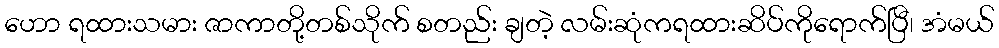
ဟော ရထားသမား ဇာကာတို့တစ်သိုက် စတည်း ချတဲ့ လမ်းဆုံကရထားဆိပ်ကိုရောက်ပြီ၊ အံမယ်